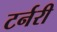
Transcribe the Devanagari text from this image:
टर्नरी